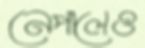
নেপালেও